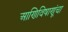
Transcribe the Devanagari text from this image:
आणिविषाणूंचा